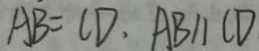
A B = C D . A B / / C D